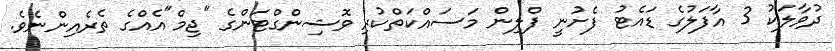
ދުވާލަކު 3 އާފަލުގެ ޑައެޓު ފެށުނީ ފްލިން މަސައްކަތްކުރި ވޮޝިންގްޓަންގެ "ޖިމް"އެއްގެ ތެރެއިންނެވެ.